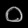
Digit: ၀